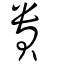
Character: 䝿